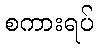
စကားရပ်